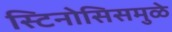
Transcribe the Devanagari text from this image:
स्टिनोसिसमुळे